Statistical return of the lunatic asylum in Assam - 1912-1932
Year: 1912
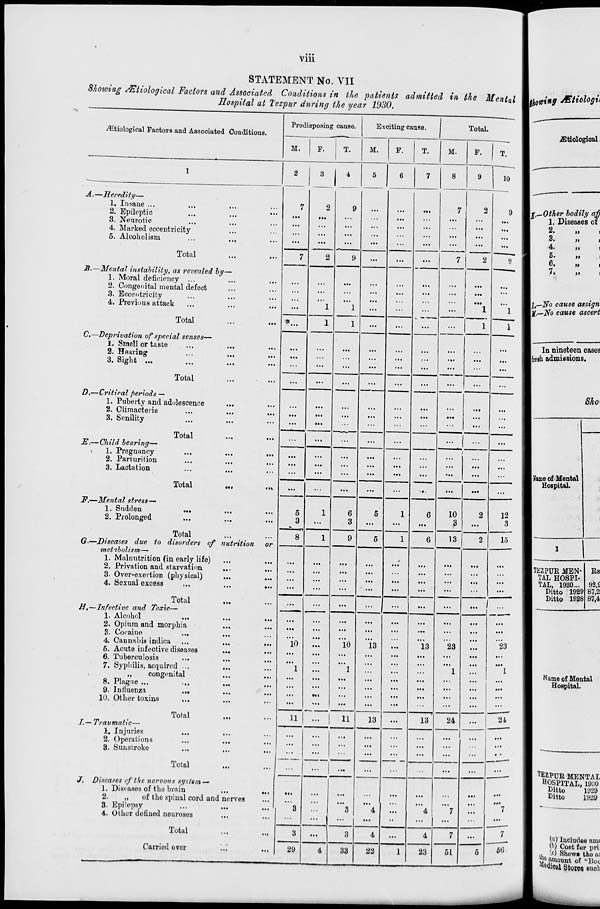
Vlll
STATEMENT No. VII
Showing Mtiological Factors and Associated Conditions in tie patients admitted in the Mental
Hospital at Tezpur during the year 1930.
Predisposing sause.
Exciting cause.
Total.
■
^fciological Factors and Associated Conditions.
M.
F.
T.
M.
F.
T.
M.
F.
T.
1
2
3
4
5
6
7
8
9
10
A.—Heredity—
1. Insane ...
h
i
2
9
7
2
9
2. Epileptic
...
M<
3. Neurotic
4. Marked eccentricity
.
5. Alcoholism
...
...
...
9
...
...
...
...
...
Total
7
2
...
7 !
2
9
-3.—Mental instability, as revealed by—
"
1. Moral deficiency ...
2. Congenital mental defect
...
3. Eccentricity
...
4. Previous attack
...
...
1
1
1
...
...
.
...
1
1
Total
'*...
1
...
...
...
1
1
C.—Deprivation of special senses—
1. Smell or taste
...
...
...
2. Hearing
...
1M
3. Sight ...
...
...
...
...
...
...
...
...
...
Total
...
...
...
...
...
...
...
...
...
D.—Critical periods —
1. Puberty and adolescence
2. Climacteric
...
...
...
3. Senility
...
...
...
...
...
...
Total
... |
E.—Child bearing—
1. Pregnancy
...
...
i
...
...
...
i
...
2. Parturition
...
...
...
...
3. Lactation
,..
...
...
...
...
...
...
...
...
...
Total
...
...
...
...
...
..,
...
...
...
F.—Mental stress—
1. Sudden
5
1
6
5
1
6
10
2
12
2. Prolonged
...
3
...
3
...
...
...
3 ...
3
Total
8
1
9
5
1
6
13
2
15
G.—Diseases due to disorders of nutrition
■metibolism—
or
1. Malnutrition (in early life)
...
...
...
2. Privation and starvation
...
3. Over-exertion (physical)
...
• •»
...
4. Sexual excess
: ..
...
...
...
...
...
...
...
...
...
...
Total
..
H,—Infective and Toxic—
1. Alcohol
...
...
2. Opium and morphia
...
...
...
...
...
...
...
3. Cocaine
...
4. Can nubia indica
...
10
...
10
13
13
23
23
6. Acute infective diseases
...
...
...
...
6. Tuberculosis
...
7. Sypliilis, acquired ...
...
1
...
1
...
...
1
...
1
,,
congenital
...
...
...
...
...
...
...
...
...
...
8. Plague ...
...
...
...
...
...
...
...
...
9. Influenza
...
...
*»«
...
10. Other toxins
...
_•:_
...
...
...
...
...
...
...
Total
11
!
"
13
...
13
24
...
21
I.— Traumatic—
1. Injuries
-
...
...
...
2. Operations
...
...
...
...
3. Sunstroke
...
...
...
...
...
...
...
...
...
' ,
Total
...
...
...
...
...
...
...
...
...
...
J. Diseases of the nervous system—'
1. Diseases of tbo brain
...
nt
...
...
2.
„
of the spinal cord and nerves
...
...
...
...
3. Epilepsy
...
...
...
3
3
4
...
4
7
...
7
4. Other dofined neuroses
••i
• •<
...
...
...
...
••
...
...
...
_
Total
3
...
3
4
...
4
7
...
7
Carried ovor
29
4
33
22
1
23
51
5
50
!
,
\kow%*9 Mtiologti
iEtiologioal
W~.Other bodily af)
1. Diseases or
2.
ii
3.
u
4.
II
5.
II
6.
II
7.
II
|j; ( —i\To cause assign
jjf,—No cause ascert
In nineteen cases
[fresh admissions.
Sho>
I Hume of Mental
Hospital.
| TEZPUR MEN
TAL HOSPI-
TAL, 1930...
Ditto 1929
Ditto 1928
Rs
92,£
87,2
87,4
Name of Mental
Hospital.
T fiZPDR MENTAI
HOSPITAL, 19:i0
Ditto
1929
Ditto
1929
(<0 IucludoB am(
(fc) Cost for pri:
,, (c) Show* the ai
"^amount of "Doi
^tfioai gtotOS euoli